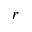
r